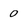
Character: 0